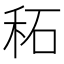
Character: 䄷